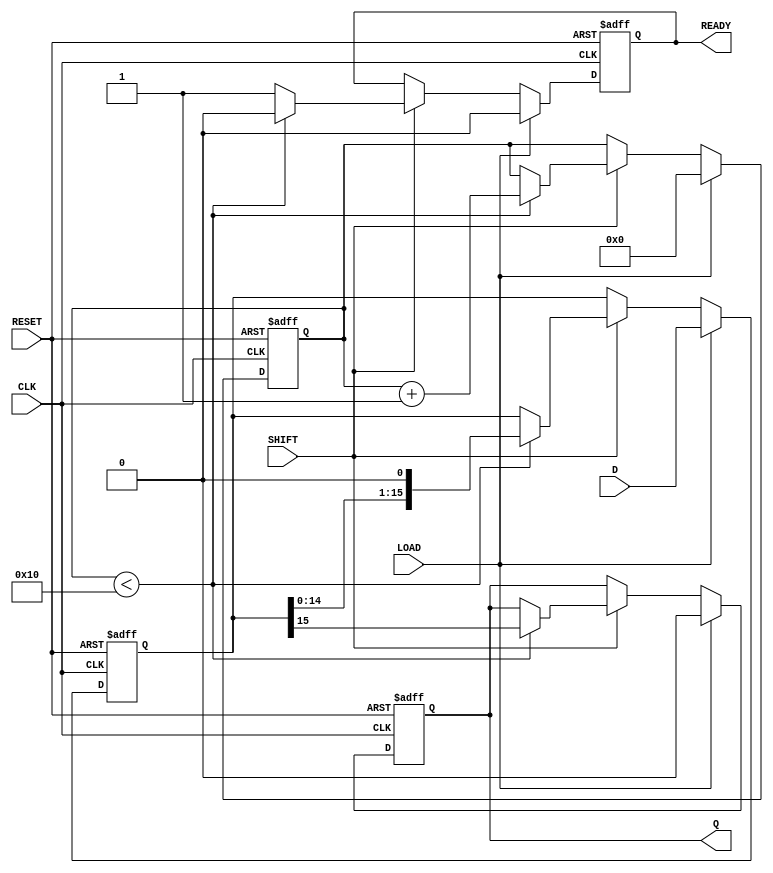
module PISO_16bit (
    input wire [15:0] D,      // 16-bit parallel data input
    input wire LOAD,          // Load control signal
    input wire SHIFT,         // Shift control signal
    input wire CLK,           // Clock input
    input wire RESET,         // Asynchronous reset
    output reg Q,             // Serial output
    output reg READY          // Data ready signal
);

    reg [15:0] REG;           // 16-bit shift register
    reg [4:0] bit_count;      // Counter for the number of bits shifted out

    // Asynchronous reset
    always @(posedge CLK or posedge RESET) begin
        if (RESET) begin
            REG <= 16'b0;     // Clear the register
            Q <= 1'b0;        // Clear the output
            READY <= 1'b0;    // Clear the ready signal
            bit_count <= 5'b0; // Reset bit counter
        end else begin
            if (LOAD) begin
                REG <= D;      // Load data into the register
                Q <= 1'b0;     // Reset output
                READY <= 1'b0; // Not ready until shifting starts
                bit_count <= 5'b0; // Reset bit counter
            end else if (SHIFT) begin
                if (bit_count < 16) begin
                    Q <= REG[15]; // Output the MSB
                    REG <= {REG[14:0], 1'b0}; // Shift left
                    bit_count <= bit_count + 1; // Increment bit counter
                    READY <= 1'b0; // Not ready until all bits are shifted
                end else begin
                    READY <= 1'b1; // All bits have been shifted out
                end
            end
        end
    end

endmodule